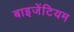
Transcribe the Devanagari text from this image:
बाइजेंटियम